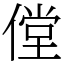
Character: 㑽